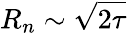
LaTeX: R_{n}\sim\sqrt{2\tau}